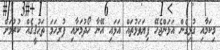
މިކަމާއި ގުޅިގެން އަޅަންޖެހޭ ފިޔަވަޅުތައް އަޅައި އޭނާ ހޯދުމަށާއި ފުރިހަމަ ތަޙުޤީޤެއް ކުރުމަށް